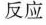
反应